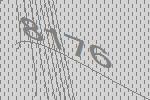
8176